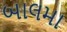
બાલમા